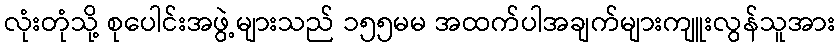
လုံးတုံသို့ စုပေါင်းအဖွဲ့များသည် ၁၅၅မမ အထက်ပါအချက်များကျူးလွန်သူအား